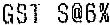
GST S@6%